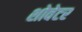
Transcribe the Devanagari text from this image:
शोवेटर